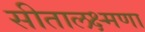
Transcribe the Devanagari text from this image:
सीतालक्ष्मणा